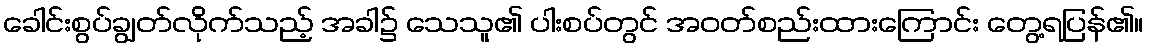
ခေါင်းစွပ်ချွတ်လိုက်သည့် အခါ၌ သေသူ၏ ပါးစပ်တွင် အဝတ်စည်းထားကြောင်း တွေ့ရပြန်၏။